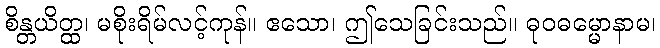
စိန္တယိတ္ထ၊ မစိုးရိမ်လင့်ကုန်။ ဧသော၊ ဤသေခြင်းသည်။ ဓုဝဓမ္မောနာမ၊